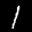
Digit: 1